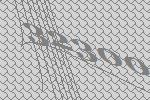
32300